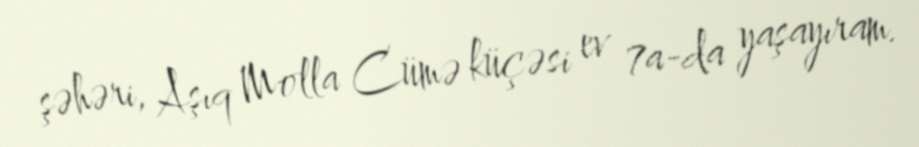
şəhəri, Aşıq Molla Cümə küçəsi ev 7a-da yaşayıram.